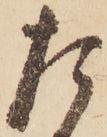
た